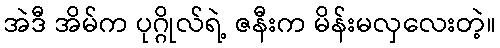
အဲဒီ အိမ်က ပုဂ္ဂိုလ်ရဲ့ ဇနီးက မိန်းမလှလေးတဲ့။